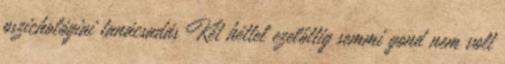
pszichológiai tanácsadás Két héttel ezelőttig semmi gond nem volt